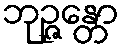
ဘုဉ္ဇန္တော